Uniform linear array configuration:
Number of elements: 48
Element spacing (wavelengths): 0.75
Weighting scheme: exponential
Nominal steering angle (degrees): -15
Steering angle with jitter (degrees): -13.073
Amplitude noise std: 0.05
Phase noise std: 0.05

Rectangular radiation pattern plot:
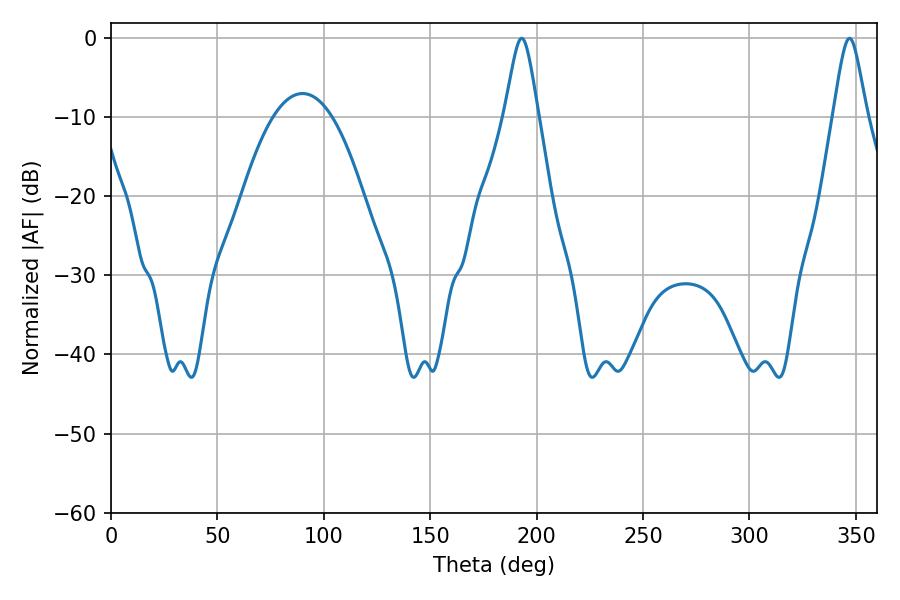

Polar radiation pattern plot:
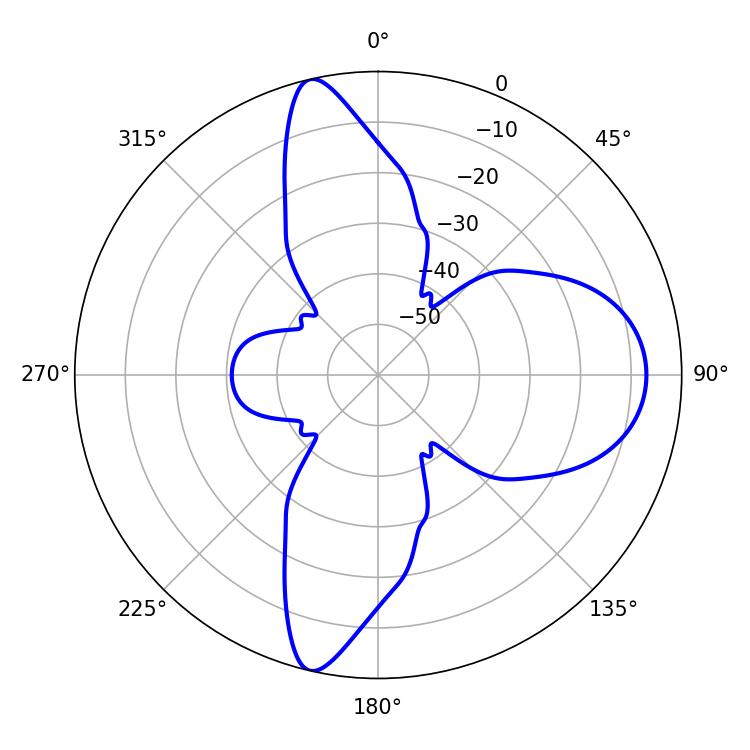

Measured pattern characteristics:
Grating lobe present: TRUE
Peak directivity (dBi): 18.082
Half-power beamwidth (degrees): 7.56
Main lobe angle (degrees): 192.96